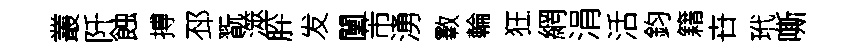
叢阡蝕搏邳翫澨肸发闉芾湧斁輪狂網涓活鈞籍卋玳嘶